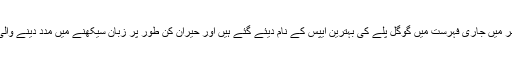
کمپنی کی جانب سے سال کے آخر میں جاری فہرست میں گوگل پلے کی بہترین ایپس کے نام دیئے گئے ہیں اور حیران کن طور پر زبان سیکھنے میں مدد دینے والی ایپ ڈراپس سرفہرست رہی ہے۔